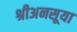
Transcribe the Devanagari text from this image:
श्रीअनसूया